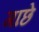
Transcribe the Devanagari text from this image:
गाछे